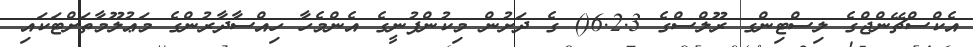
އެކްސްޗޭންޖްގެ ލިސްޓިންގ ރޫލްސްގެ 6.2.3() ގެ ދަށުން މިކުންފުނީގެ އެންމެހާ ހިއްސާދާރުންގެ މަޢުލޫމާތަށްޓަކައި